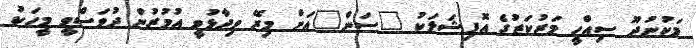
މަކުނުދޫ ސިއްހީ މަރުކަޒުގެ އޮފިޝަލަކު "ސަން"އަށް މިރޭ ވިދާޅުވީ އުމުރުން ދުވަސްވީ މީހަކު